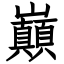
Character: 巔